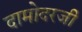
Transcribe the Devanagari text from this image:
दामोदरजी